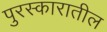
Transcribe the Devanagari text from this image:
पुरस्कारातील